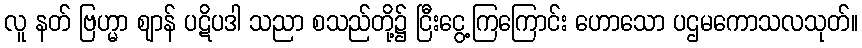
လူ နတ် ဗြဟ္မာ ဈာန် ပဋိပဒါ သညာ စသည်တို့၌ ငြီးငွေ့ကြကြောင်း ဟောသော ပဌမကောသလသုတ်။